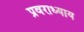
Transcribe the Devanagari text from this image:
प्रवराध्याय